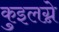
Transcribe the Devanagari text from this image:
कुइलग्ने